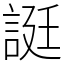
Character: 誔